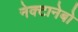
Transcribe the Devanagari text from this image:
नेक्टानेबो